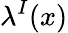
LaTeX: \lambda^{I}(x)